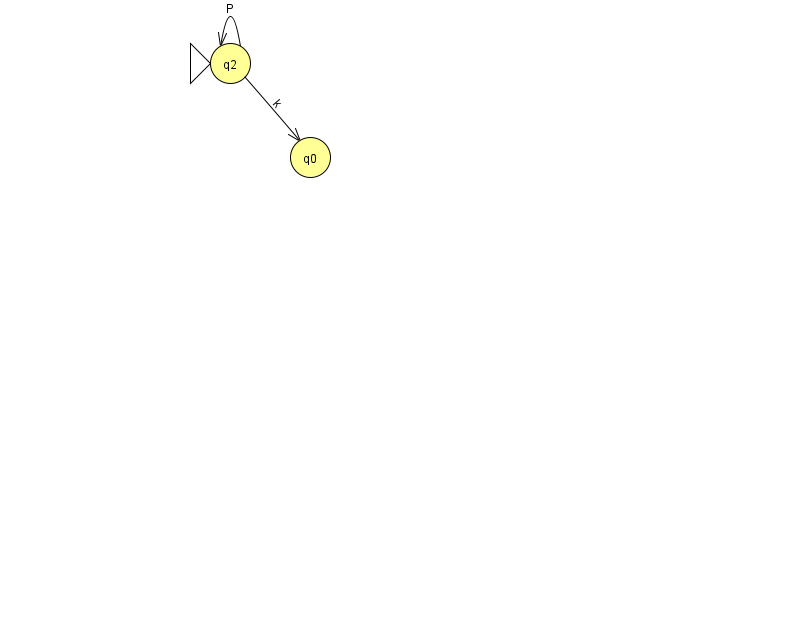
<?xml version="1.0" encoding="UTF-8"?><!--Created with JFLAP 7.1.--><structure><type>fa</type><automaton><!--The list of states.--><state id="0" name="q0"><x>310.0</x><y>144.0</y></state><state id="2" name="q2"><x>230.0</x><y>50.0</y><initial/></state><!--The list of transitions.--><transition><from>2</from><to>0</to><read>k</read></transition><transition><from>2</from><to>2</to><read>P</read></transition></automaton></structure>